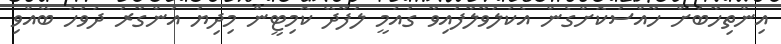
އިންތިހާބަށް ހާއްސަކޮށްގެން އެކުލަވާލާފައިވާ ގައުމީ ލަފާދޭ ކޮމިޓީން މިދިޔަ އަންގާރަ ދުވަހު ބޭއްވި